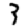
Digit: 3